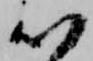
以